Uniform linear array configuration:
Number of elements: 64
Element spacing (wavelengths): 0.75
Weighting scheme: kaiser
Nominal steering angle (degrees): -15
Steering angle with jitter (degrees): -14.432
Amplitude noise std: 0.05
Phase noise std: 0.05

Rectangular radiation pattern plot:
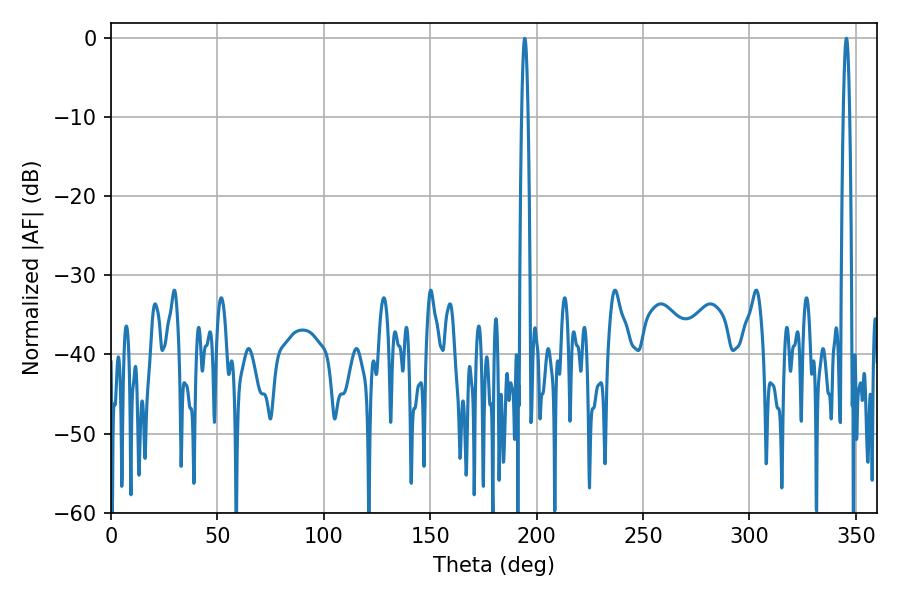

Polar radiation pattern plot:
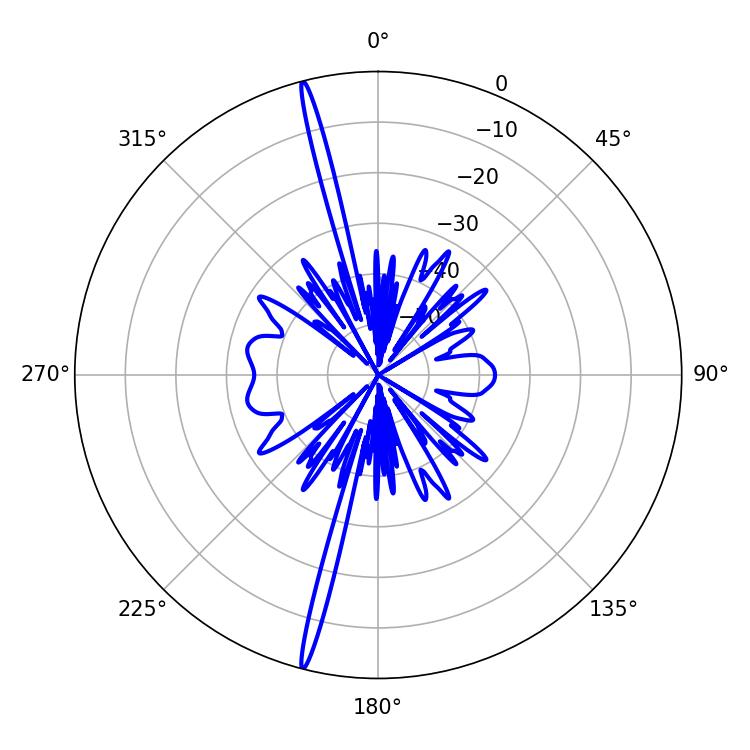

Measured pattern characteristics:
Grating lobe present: TRUE
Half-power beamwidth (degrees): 1.62
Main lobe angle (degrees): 194.4